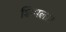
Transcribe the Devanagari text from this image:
शिमला।